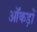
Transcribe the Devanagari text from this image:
ऑंकड़ों